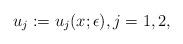
LaTeX: \begin{align*}u_j:=u_j(x;\epsilon), j=1,2,\end{align*}